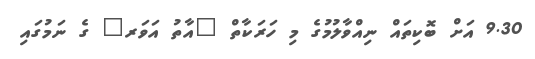
9.30 އަށް ބޮކިތައް ނިއްވާލުމުގެ މި ހަރަކާތް "އާތު އަވަރ" ގެ ނަމުގައި